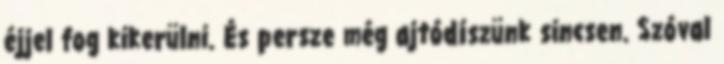
éjjel fog kikerülni. És persze még ajtódíszünk sincsen. Szóval